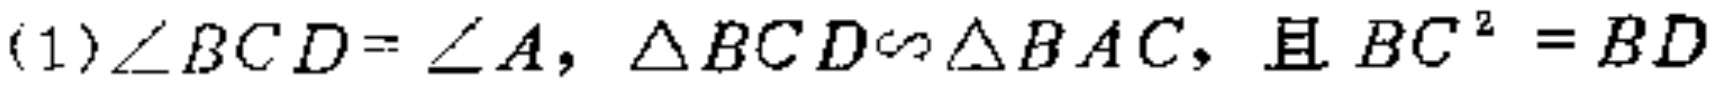
(1)$\angle BCD = \angle A$, $\triangle BCD\sim\triangle BAC$, 且$BC^{2}=BD$